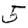
Digit: 5